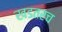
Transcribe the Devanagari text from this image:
खडतरच